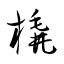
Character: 橇